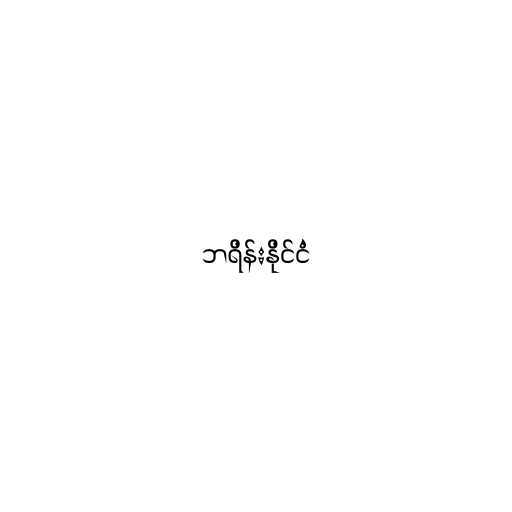
ဘရိန်းနိုင်ငံ